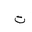
Letter: _ta